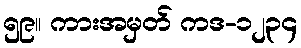
၅၉။ ကားအမှတ် ကဒ-၁၂၃၄